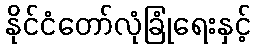
နိုင်ငံတော်လုံခြုံရေးနှင့်